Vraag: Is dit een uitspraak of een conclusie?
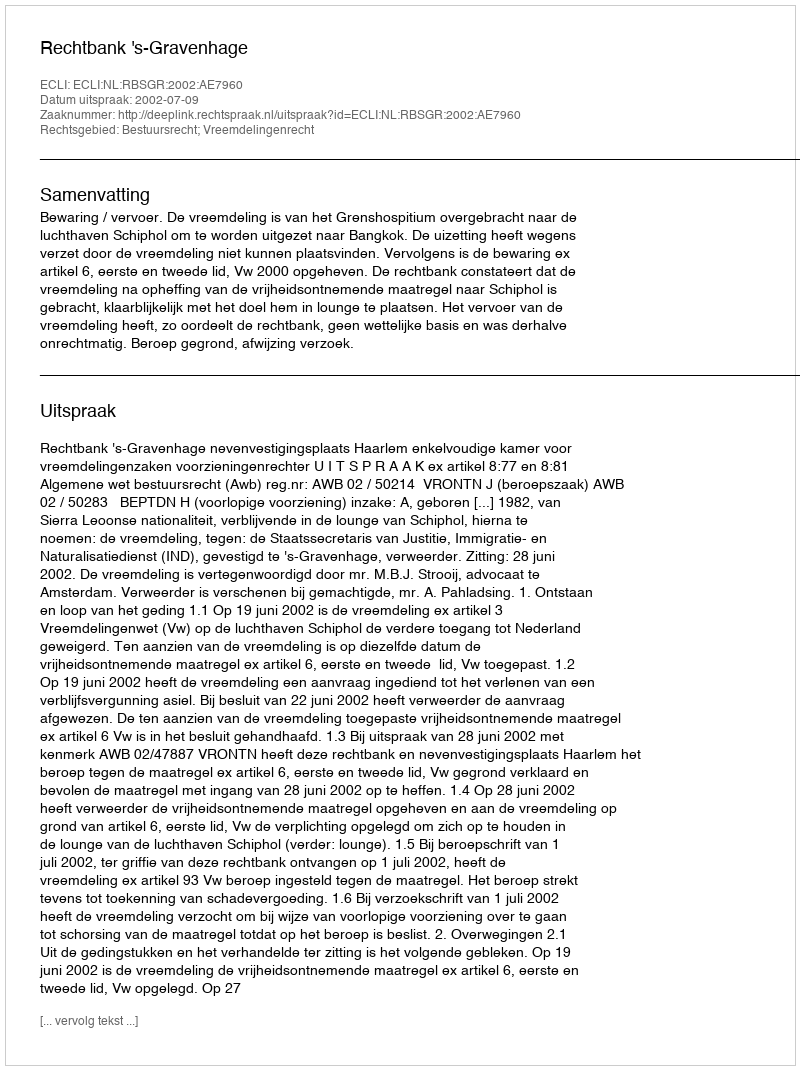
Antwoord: Uitspraak